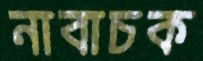
নাবাচক